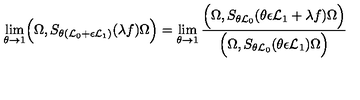
\lim _ { \theta \to 1 } \Bigl ( \Omega , S _ { \theta ( { \cal L } _ { 0 } + \epsilon { \cal L } _ { 1 } ) } ( \lambda f ) \Omega \Bigr ) = \lim _ { \theta \to 1 } \frac { \Bigl ( \Omega , S _ { \theta { \cal L } _ { 0 } } ( \theta \epsilon { \cal L } _ { 1 } + \lambda f ) \Omega \Bigr ) } { \Bigl ( \Omega , S _ { \theta { \cal L } _ { 0 } } ( \theta \epsilon { \cal L } _ { 1 } ) \Omega \Bigr ) }